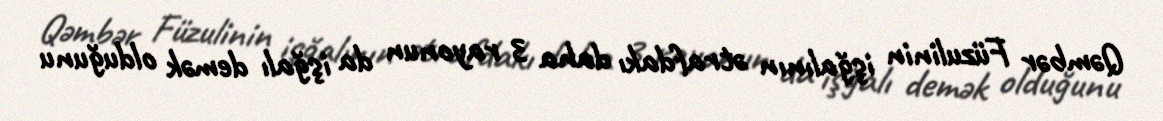
Qəmbər Füzulinin işğalının ətrafdakı daha 3 rayonun da işğalı demək olduğunu